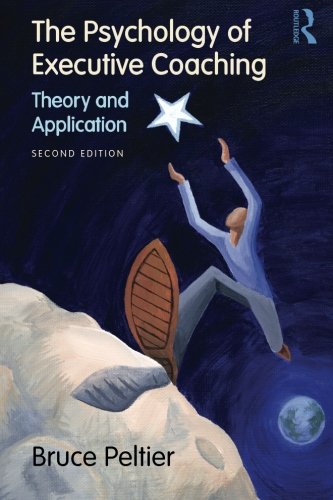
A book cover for The Psychology of Executive Coaching: Theory and Application; Bruce Peltier; Medical Books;